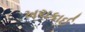
ખચકાઈ